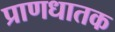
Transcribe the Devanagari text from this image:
प्राणधातक